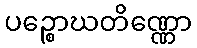
ပဉ္စောဃတိဏ္ဏော